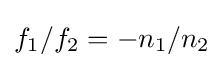
f_{1}/f_{2}=-n_{1}/n_{2}